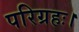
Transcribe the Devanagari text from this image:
परिग्रहः।